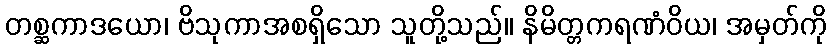
တစ္ဆကာဒယော၊ ဗိသုကာအစရှိသော သူတို့သည်။ နိမိတ္တကရဏံဝိယ၊ အမှတ်ကို